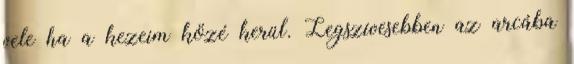
vele ha a kezeim közé kerül. Legszívesebben az arcába